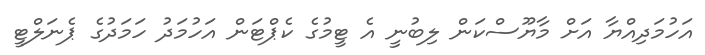
އަހުމަދިއްޔާ އަށް މާޔޫސްކަން ލިބުނީ އެ ޓީމުގެ ކެޕްޓަން އަހުމަދު ހަމަދުގެ ޕެނަލްޓީ